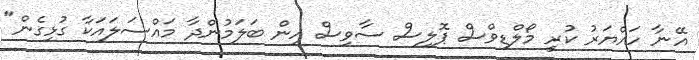
އޭނާ ހައްޔަރު ކުރީ މޯލްޑިވްސް ޕޮލިސް ސާވިސް އިން ބަލަމުންދާ މައްސަލައަކާ ގުޅިގެން"